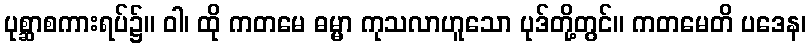
ပုစ္ဆာစကားရပ်၌။ ဝါ၊ ထို ကတမေ ဓမ္မာ ကုသလာဟူသော ပုဒ်တို့တွင်။ ကတမေတိ ပဒေန၊